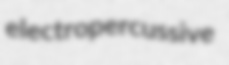
electropercussive